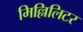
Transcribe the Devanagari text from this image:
मिल्लिलिटर